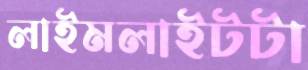
লাইমলাইটটা